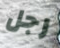
رجل